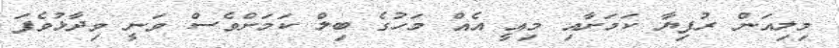
މިލިއަން ރުފިޔާ ކަމަށާއި މިއީ އެއް މަހުގެ ބިލް ކަމަށްވެސް ވަނީ ވިދާޅުވެފަ